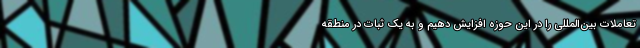
تعاملات بین‌المللی را در این حوزه افزایش دهیم و به یک ثبات در منطقه